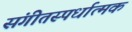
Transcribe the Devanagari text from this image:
संगीतस्पर्धात्मक